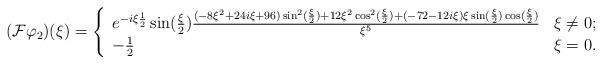
LaTeX: \begin{align*}( \mathcal{F} \varphi_{2} ) (\xi) = \left\{ \begin{array}{lll} e^{- i \xi \frac{1}{2}} \sin(\frac{\xi}{2}) \frac{( - 8 \xi^{2} + 24 i \xi + 96 ) \sin^{2}(\frac{\xi}{2}) + 12 \xi^{2} \cos^{2}(\frac{\xi}{2}) + ( - 72 - 12 i \xi ) \xi \sin(\frac{\xi}{2}) \cos(\frac{\xi}{2}) }{\xi^{5}} & \xi \not = 0 ;\\ - \frac{1}{2} & \xi = 0 .\\\end{array}\right.\end{align*}